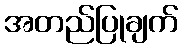
အတည်ပြုချက်